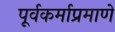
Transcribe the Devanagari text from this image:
पूर्वकर्माप्रमाणे